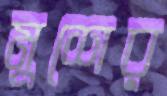
মুশের্